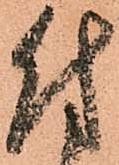
付